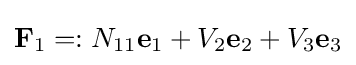
\mathbf {F} _{1}=:N_{11}\mathbf {e} _{1}+V_{2}\mathbf {e} _{2}+V_{3}\mathbf {e} _{3}